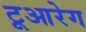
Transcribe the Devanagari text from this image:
टूआरेग